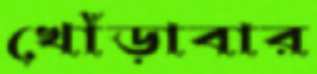
খোঁড়াবার